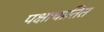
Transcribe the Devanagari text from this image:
पक्षाघातित